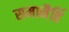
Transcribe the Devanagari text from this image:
समानैर्हि